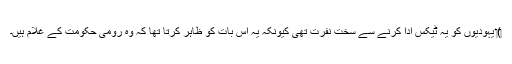
‏)‏ یہودیوں کو یہ ٹیکس ادا کرنے سے سخت نفرت تھی کیونکہ یہ اِس بات کو ظاہر کرتا تھا کہ وہ رومی حکومت کے غلام ہیں۔